Vaccine operations Central Provinces 1868-1885 - 1868-1885
Year: 1868
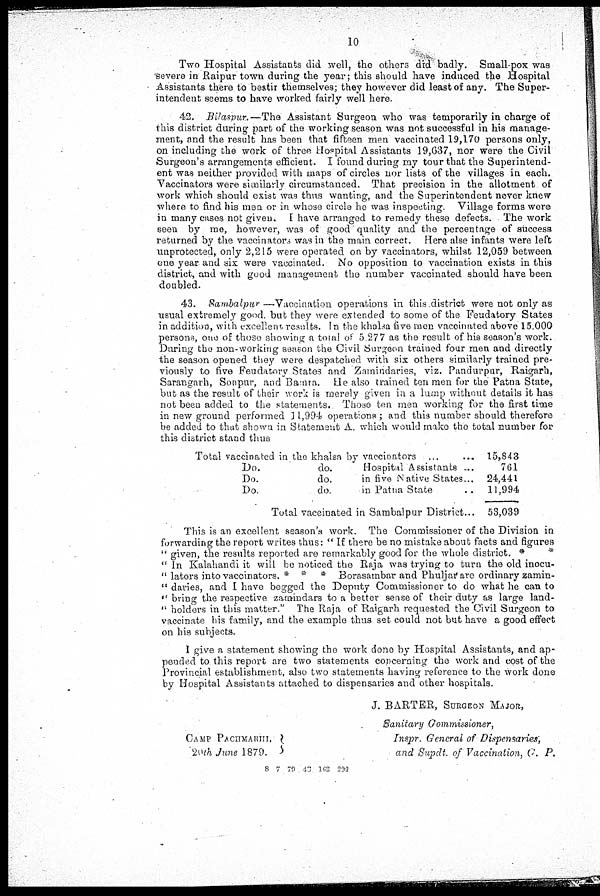
10
Two Hospital Assistants did well, the others did badly. Small-pox was
severe in Raipur town during the year; this should have induced the Hospital
Assistants there to bestir themselves; they however did least of any. The Super-
intendent seems to have worked fairly well here.
42. Bilaspur.—The Assistant Surgeon who was temporarily in charge of
this district during part of the working season was not successful in his manage-
ment, and the result has been that fifteen men vaccinated 19,170 persons only,
on including the work of three Hospital Assistants 19,637, nor were the Civil
Surgeon's arrangements efficient. I found during my tour that the Superintend-
ent was neither provided with maps of circles nor lists of the villages in each.
Vaccinators were similarly circumstanced. That precision in the allotment of
work which should exist was thus wanting, and the Superintendent never knew
where to find his men or in whose circle he was inspecting. Village forms were
in many cases not given. I have arranged to remedy these defects. The work
seen by me, however, was of good quality and the percentage of success
returned by the vaccinators was in the main correct. Here alse infants were left
unprotected, only 2,215 were operated on by vaccinators, whilst 12,059 between
one year and six were vaccinated. No opposition to vaccination exists in this
district, and with good management the number vaccinated should have been
doubled.
43. Sambalpur—Vaccination operations in this district were not only as
usual extremely good but they were extended to some of the Feudatory States
in addition, with excellent results. In the khalsa five men vaccinated above 15.000
persons, one of those showing a total of 5 277 as the result of his season's work.
During the non-working season the Civil Surgeon trained four men and directly
the season opened they were despatched with six others similarly trained pre-
viously to five Feudatory States and Zamindaries, viz. Pandurpur, Raigarh,
Sarangarh, Sonpur, and Bainra. He also trained ten men for the Patna State,
but as the result of their work is merely given in a lump without details it has
not been added to the statements. Those ten men working for the first time
in new ground performed 11,994 operations; and this number should therefore
be added to that shown in Statement A. which would make the total number for
this district stand thus
Total vaccinated in the khalsa by vaccinators ... ...
Do.
do.
Hospital Assistants ...
Do.
do.
in five Native States...
Do.
do.
in Patna State ...
Total vaccinated in Sambalpur District...
15,843
761
24,441
11,994
53,039
This is an excellent season's work. The Commissioner of the Division in
forwarding the report writes thus: " If there be no mistake about facts and figures
" given, the results reported are remarkably good for the whole district. *
*
" In Kalahandi it will be noticed the Raja was trying to turn the old inocu¬
" lators into vaccinators. * * * Borasambar and Phuljar are ordinary zamin¬
" daries, and I have begged the Deputy Commissioner to do what he can to
" bring the respective zamindars to a better sense of their duty as large land¬
" holders in this matter." The Raja of Raigarh requested the Civil Surgeon to
vaccinate his family, and the example thus set could not but have a good effect
on his subjects.
I give a statement showing the work done by Hospital Assistants, and ap-
pended to this report are two statements concerning the work and cost of the
Provincial establishment, also two statements having reference to the work done
by Hospital Assistants attached to dispensaries and other hospitals.
J. BARTER, SURGEON MAJOR,
Sanitary Commissioner.
CAMP PACHMARHI.
20th June 1879.
Inspr. General of Dispensaries,
and Supdt. of Vaccination, C. P.
8 7 79 1C 162 202